Annual report on the Civil Veterinary Department, Burma (including the Insein Veterinary School) - 1910-1922
Year: 1910
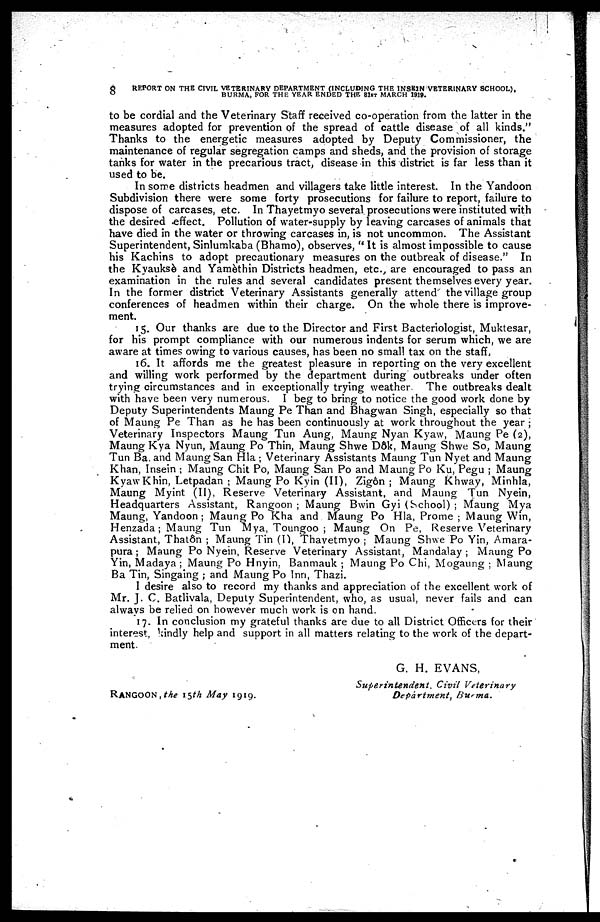
8
REPORT ON THE CIVIL VETERINARY DEPARTMENT (INCLUDING THE INSRlN VETERINARY SCHOOL),
BURMA, FOR THE YEAR ENDED THE 31ST MARCH 1919.
to be cordial and the Veterinary Staff received co-operation from the latter in the
measures adopted for prevention of the spread of cattle disease of all kinds."
Thanks to the energetic measures adopted by Deputy Commissioner, the
maintenance of regular segregation camps and sheds, and the provision of storage
tanks for water in the precarious tract, disease in this district is far less than it
used to be.
In some districts headmen and villagers take little interest. In the Yandoon
Subdivision there were some forty prosecutions for failure to report, failure to
dispose of carcases, etc. In Thayetmyo several prosecutions were instituted with
the desired effect. Pollution of water-supply by leaving carcases of animals that
have died in the water or throwing carcases in, is not uncommon. The Assistant
Superintendent, Sinlumkaba (Bhamo), observes, "It is almost impossible to cause
his Kachins to adopt precautionary measures on the outbreak of disease." In
the Kyauksè and Yamèthin Districts headmen, etc. are encouraged to pass an
examination in the rules and several candidates present themselves every year.
In the former district Veterinary Assistants generally attend the village group
conferences of headmen within their charge. On the whole there is improve-
ment.
15. Our thanks are due to the Director and First Bacteriologist, Muktesar,
for his prompt compliance with our numerous indents for serum which, we are
aware at times owing to various causes, has been no small tax on the staff,
16. It affords me the greatest pleasure in reporting on the very excellent
and willing work performed by the department during outbreaks under often
trying circumstances and in exceptionally trying weather
The outbreaks dealt
with have been very numerous. I beg to bring to notice the good work done by
Deputy Superintendents Maung Pe Than and Bhagwan Singh, especially so that
of Maung Pe Than as he has been continuously at work throughout the year;
Veterinary Inspectors Maung Tun Aung, Maung Nyan Kyaw, Maung Pe (2),
Maung Kya Nyun, Maung Po Thin, Maung Shwe Dôk, Maung Shwe So, Maung
Tun Ba and Maung San Hla; Veterinary Assistants Maung Tun Nyet and Maung
Khan, Insein; Maung Chit Po, Maung San Po and Maung Po Ku, Pegu; Maung
Kyaw Khin, Letpadan; Maung Po Kyin (II), Zigôn; Maung Khway. Miohla,
Maung Myint (II), Reserve Veterinary Assistant, and Maung Tun Nyein,
Headquarters Assistant, Rangoon; Maung Bwin Gyi (School); Maung Mya
Maung, Yandoon; Maung Po Kha and Maung Po Hla, Prome; Maung Win,
Henzada; Maung Tun Mya, Toungoo; Maung On Pe, Reserve Veterinary
Assistant, Thatôn; Maung Tin (I), Thavetmyo; Maung Shwe Po Yin, Amara-
pura; Maung Po Nyein, Reserve Veterinary Assistant, Mandalay; Maung Po
Yin, Madaya; Maung Po Hnyin. Banmauk; Maung Po Chi, Mogaung; Maung
Ba Tin, Singaing; and Maung Po Inn, Thazi.
I desire also to record my thanks and appreciation of the excellent work of
Mr. J. C. Batlivala, Deputy Superintendent, who, as usual, never fails and can
always be relied on however much work is on hand.
17. In conclusion my grateful thanks are due to all District Officers for their
interest, kindly help and support in all matters relating to the work of the depart-
ment
G. H. EVANS,
Superintendent
Civil
Veterinary
RANGOON, the 15th May 1919.
Department,
Burma.